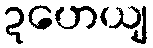
ဍဟေယျ